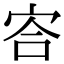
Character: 㝓